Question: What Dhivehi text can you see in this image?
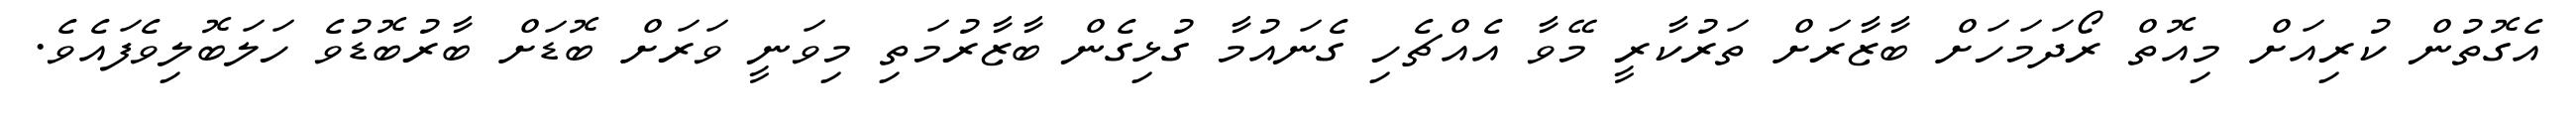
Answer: އެގޮތުން ކުރިއަށް މިއޮތް ރޯދަމަހަށް ބާޒާރަށް ތަރުކާރީ މޭވާ އެއްޗެހި ގެނައުމާ ގުޅިގެން ބާޒާރުމަތި މިވަނީ ވަރަށް ބޮޑަށް ބާރުބޮޑުވެ ހަލަބޮލިވެފައެވެ.